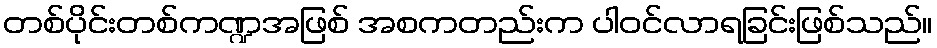
တစ်ပိုင်းတစ်ကဏ္ဍအဖြစ် အစကတည်းက ပါဝင်လာရခြင်းဖြစ်သည်။